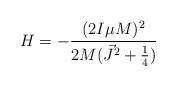
LaTeX: \begin{align*}H = - \frac{(2I\mu M)^2}{2M(\vec{J}^2+\frac{1}{4})}\end{align*}